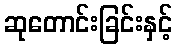
ဆုတောင်းခြင်းနှင့်